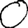
Digit: 0